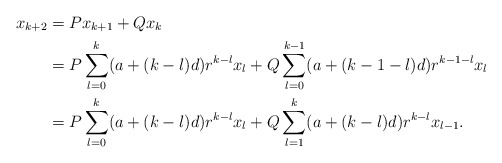
\begin{align*}x_{k+2}&=Px_{k+1}+Qx_k\\&=P\sum_{l=0}^k(a+(k-l)d)r^{k-l} x_l+Q\sum_{l=0}^{k-1}(a+(k-1-l)d)r^{k-1-l} x_l\\&=P\sum_{l=0}^k(a+(k-l)d)r^{k-l} x_l+Q\sum_{l=1}^k(a+(k-l)d)r^{k-l} x_{l-1}.\end{align*}